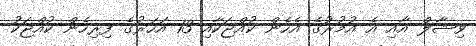
ވިޝާލް އާއި އެ އުމުރުގެ އެހެން ކުއްޖަކާއި 13 އަހަރުގެ ފިރިހެން ކުއްޖަކު